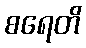
စရေတိ